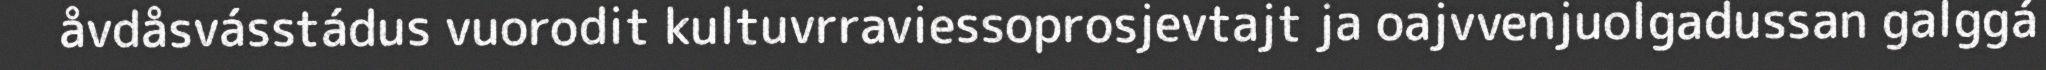
åvdåsvásstádus vuorodit kultuvrraviessoprosjevtajt ja oajvvenjuolgadussan galggá